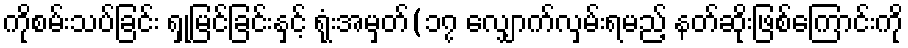
ကိုစမ်းသပ်ခြင်း ရှုမြင်ခြင်းနှင့် ရုံးအမှတ်(၁၇ လျှောက်လှမ်းရမည့် နတ်ဆိုးဖြစ်ကြောင်းကို